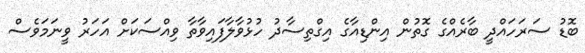
ބޮޑު ސަރަހައްދީ ބާރެއްގެ ގޮތުން އިންޑިއާގެ އިގްތިސާދު ހުޅުވާލާފައިވާތާ ވިއްސަކަށް އަހަރު ވީނަމަވެސް